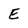
Character: E